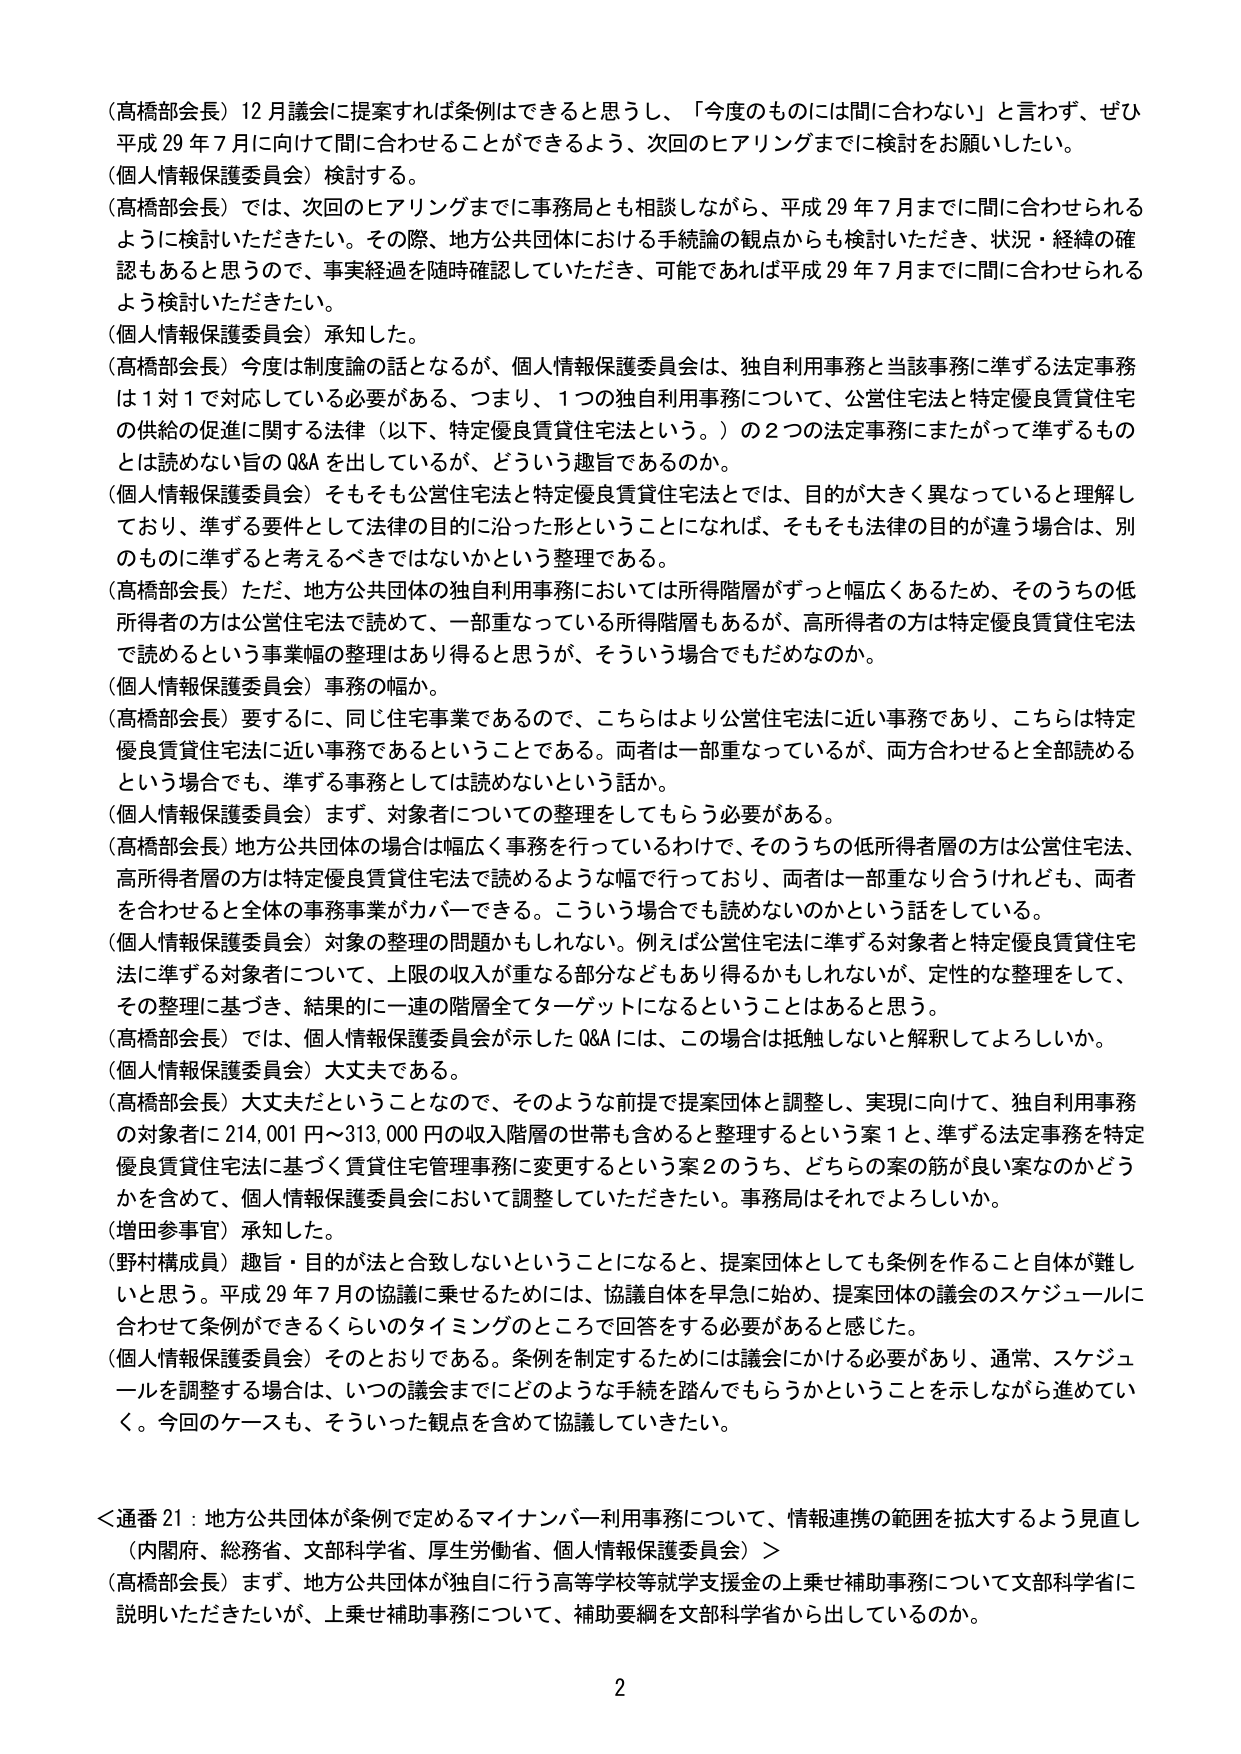
（高橋部会長）12月議会に提案すれば条例はできると思うし、「今度のものには間に合わない」と言わず、ぜひ平成29年7月に向けて間に合わせることができるよう、次回のヒアリングまでに検討をお願いしたい。

（個人情報保護委員会）検討する。

（高橋部会長）では、次回のヒアリングまでに事務局とも相談しながら、平成29年7月までに間に合わせられるように検討いただきたい。その際、地方公共団体における手続論の観点からも検討いただき、状況・経緯の確認もあると思うので、事実経過を随時確認していただき、可能であれば平成29年7月までに間に合わせられるよう検討いただきたい。

（個人情報保護委員会）承知した。

（高橋部会長）今度は制度論の話となるが、個人情報保護委員会は、独自利用事務と当該事務に準ずる法定事務は1対1で対応している必要がある、つまり、1つの独自利用事務について、公営住宅法と特定優良賃貸住宅の供給の促進に関する法律（以下、特定優良賃貸住宅法という。）の2つの法定事務にまたがって準ずるものとは読めない旨のQ&Aを出しているが、どういう趣旨であるのか。

（個人情報保護委員会）そもそも公営住宅法と特定優良賃貸住宅法とでは、目的が大きく異なっていると理解しており、準ずる要件として法律の目的に沿った形ということになれば、そもそも法律の目的が違う場合は、別のものに準ずると考えるべきではないかという整理である。

（高橋部会長）ただ、地方公共団体の独自利用事務においては所得階層がずっと幅広くあるため、そのうちの低所得者の方は公営住宅法で読めて、一部重なっている所得階層もあるが、高所得者の方は特定優良賃貸住宅法で読めるという事務幅の整理はあり得ると思うが、そういう場合でもだめなのか。

（個人情報保護委員会）事務の幅か。

（高橋部会長）要するに、同じ住宅事業であるので、こちらはより公営住宅法に近い事務であり、こちらは特定優良賃貸住宅法に近い事務であるということである。両者は一部重なっているが、両方合わせると全部読めるという場合でも、準ずる事務としては読めないという話か。

（個人情報保護委員会）まず、対象者についての整理をしてもらう必要がある。

（高橋部会長）地方公共団体の場合は幅広く事務を行っているわけで、そのうちの低所得者層の方は公営住宅法、高所得者層の方は特定優良賃貸住宅法で読めるような幅で行っており、両者は一部重なり合うけれども、両者を合わせると全体の事務事業がカバーできる。こういう場合でも読めないのかという話をしている。

（個人情報保護委員会）対象の整理の問題かもしれない。例えば公営住宅法に準ずる対象者と特定優良賃貸住宅法に準ずる対象者について、上限の収入が重なる部分などもあり得るかもしれないが、定性的な整理をして、その整理に基づき、結果的に一連の階層全てターゲットになるということはあると思う。

（高橋部会長）では、個人情報保護委員会が示したQ&Aには、この場合は抵触しないと解釈してよろしいか。

（個人情報保護委員会）大丈夫である。

（高橋部会長）大丈夫だということなので、そのような前提で提案団体と調整し、実現に向けて、独自利用事務の対象者に214,001円～313,000円の収入階層の世帯も含めると整理するという案1と、準ずる法定事務を特定優良賃貸住宅法に基づく賃貸住宅管理事務に変更するという案2のうち、どちらの案の筋が良い案なのかどうかを含めて、個人情報保護委員会において調整していただきたい。事務局はそれでよろしいか。

（増田参事官）承知した。

（野村構成員）趣旨・目的が法と合致しないということになると、提案団体としても条例を作ること自体が難しいと思う。平成29年7月の協議に乗せるためには、協議自体を早急に始め、提案団体の議会のスケジュールに合わせて条例ができるくらいのタイミングのところで回答をする必要があると感じた。

（個人情報保護委員会）そのとおりである。条例を制定するためには議会にかける必要があり、通常、スケジュールを調整する場合は、いつの議会までにどのような手続を踏んでもらうかということを示しながら進めていく。今回のケースも、そういった観点を含めて協議していきたい。

＜通番21：地方公共団体が条例で定めるマイナンバー利用事務について、情報連携の範囲を拡大するよう見直し（内閣府、総務省、文部科学省、厚生労働省、個人情報保護委員会）＞

（高橋部会長）まず、地方公共団体が独自に行う高等学校等就学支援金の上乗せ補助事務について文部科学省に説明いただきたいが、上乗せ補助事務について、補助要綱を文部科学省から出しているのか。

2